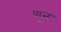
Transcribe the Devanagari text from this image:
णून